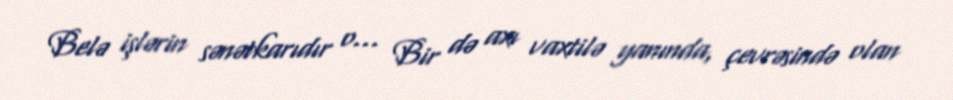
Belə işlərin sənətkarıdır o... Bir də axı vaxtilə yanında, çevrəsində olan